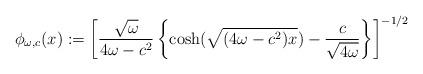
LaTeX: \begin{align*}\phi_{\omega,c}(x):=\left[\frac{\sqrt{\omega}}{4\omega-c^2}\left\{\cosh (\sqrt{(4\omega-c^2)x})-\frac{c}{\sqrt{4\omega}}\right\}\right]^{-1/2}\end{align*}